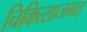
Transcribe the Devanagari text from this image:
चिकित्साजगत्‌